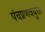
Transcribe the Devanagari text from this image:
पंचप्रणवयुक्त